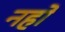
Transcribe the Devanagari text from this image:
नहो